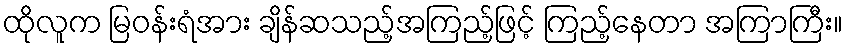
ထိုလူက မြဝန်းရံအား ချိန်ဆသည့်အကြည့်ဖြင့် ကြည့်နေတာ အကြာကြီး။